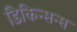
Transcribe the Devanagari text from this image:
डिकिन्सन्स